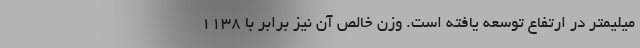
میلیمتر در ارتفاع توسعه یافته است. وزن خالص آن نیز برابر با 1138